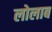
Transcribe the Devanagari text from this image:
लोलाब